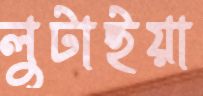
লুটাইয়া